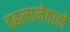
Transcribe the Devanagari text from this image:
दहलानेवाले